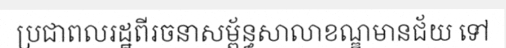
ប្រជាពលរដ្ឋពីរចនាសម្ព័ន្ធសាលាខណ្ឌមានជ័យ ទៅ